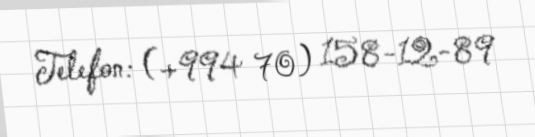
Telefon: (+994 70) 158-12-89